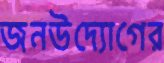
জনউদ্যোগের